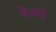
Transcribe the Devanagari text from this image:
नेज्दी